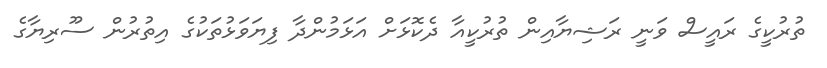
ތުރުކީގެ ރައީސް ވަނީ ރަޝިޔާއިން ތުރުކީއާ ދެކޮޅަށް އަޅަމުންދާ ފިޔަވަޅުތަކުގެ އިތުރުން ސޫރިޔާގެ